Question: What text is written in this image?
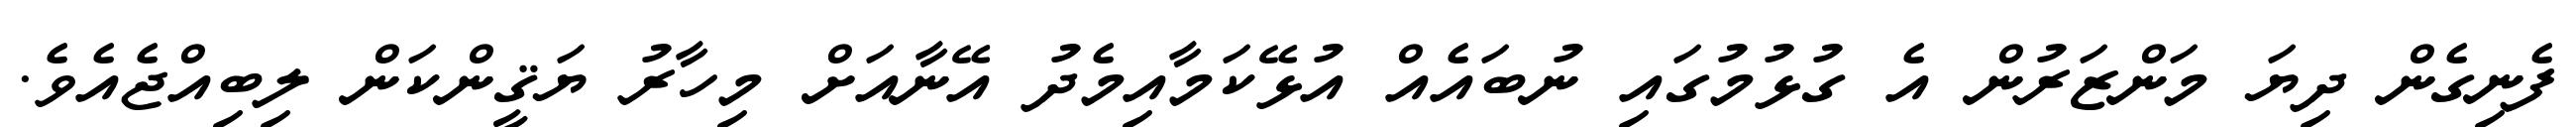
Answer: ފެނިގެން ދިޔަ މަންޒަރުން އެ ގުޅުމުގައި ނުބައެއް އުޅޭކަމާއިމެދު އޭނާއަށް މިހާރު ޔަޤީންކަން ލިބިއްޖެއެވެ.